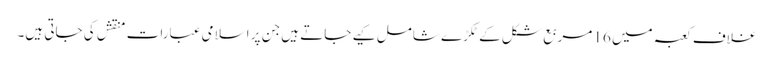
غلاف کعبہ میں 16 مربع شکل کےٹکڑے شامل کیے جاتے ہیں جن پر اسلامی عبارات منقش کی جاتی ہیں۔